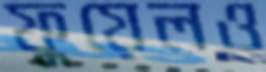
ফুয়েলও